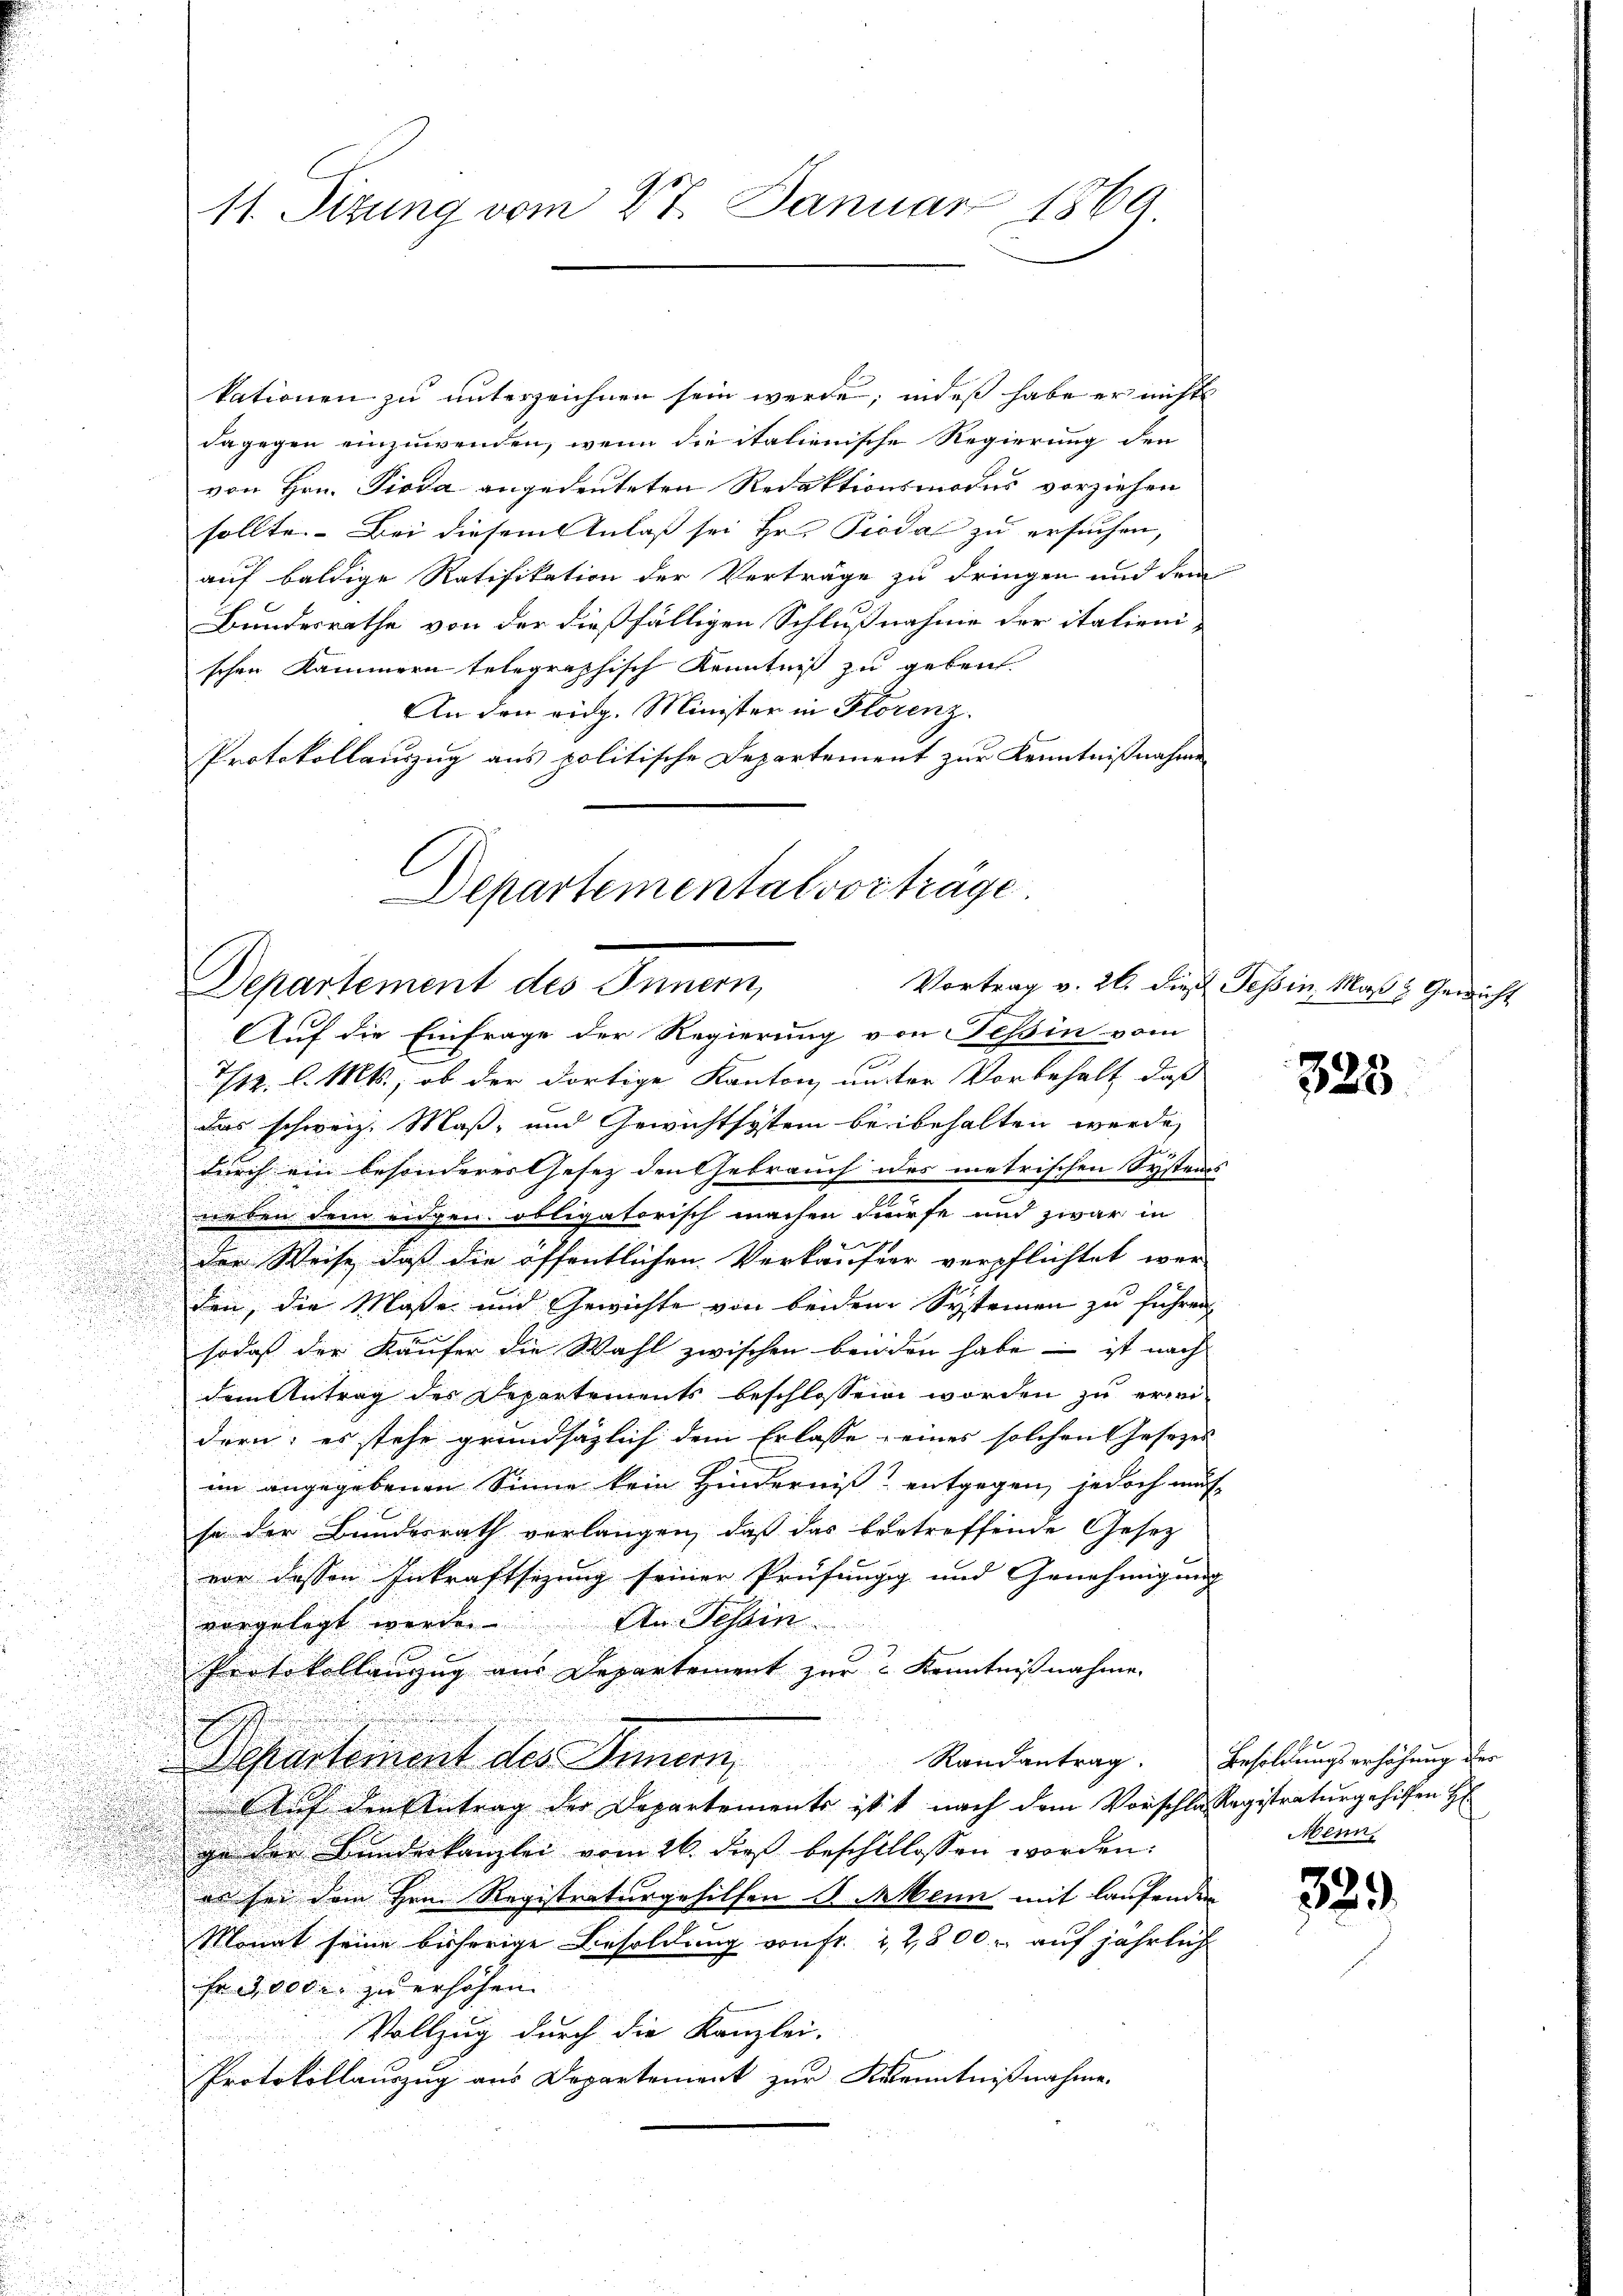
11. Sitzung vom 27. Januar 1869

kationen zu unterzeichnen sein werde; indeß habe er nichts
dagegen einzuwenden, wenn die italienische Regierung den
von Hrn. Pioda angedeuteten Redaktionsmodus vorziehen
sollte. Bei diesem Anlaß sei Hr. Piodal zu ersuchen,
auf baldige Ratifikation der Verträge zu dringen und dem
Bundesrathe von der dießfälligen Schlußnahme der italienischen Kammern telegraphisch Kenntniß zu geben
An den eidg. Minister in Florenz.
Protokollauszug aus politische Departement zur Kenntnißnahmen
Departemental vorträge.

Departement des Innern,
x

Auf die Einfrage der Regierung von Teßin vom
712. l. Mts., ob der dortige Kanton unter Vorbehalt, daß
das schweiz. Maß- und Gewichtsystem beibehalten werde,
durch ein besonderer Gesez den Gebrauch des metrischen Systems
neben dem eigen obligatorisch machen dürfe und zwar in
der Weise, daß die öffentlichen Verkäufer verpflichtet wer-

den, die Maße und Gewichte von beidem Systemen zu führen,
e

u
sodaß der Käufer die Wahl zwischen beiden habe – ist nach
.
.
dem Antrag des Departements beschlossen worden zu erini-
dern; es stehe grundsätzlich dem Erlasse eines solchen Gesezes
im angegebenen Sinne kein Hinderniß entgegen, jedoch mus
se der Bundesrath verlangen, daß das vertreffende Gesetz
vor dessen Inkraftsizung seiner Prüfungig und Genehmigung
An Tessin
vorgelegt werde.
Protokollanzug aus Departement zur Kenntnißnahme.

Departemont des Innern,
Auf den Antrag der Departements ist nach dem Vorschlassegistraturgehilen H
ge der Bunderkanzlei vom 26. dieß beschillossen worden:
es sei dem Hrn. Registraturgehilfen u. Mein mit laufenden
Monat seine bisherige Besoldung von fr. 22,800 auf jährlich
sr 1000. zu erhöhen.
Vollzug durch die Kanzlei-
Protokollauszug aus Departement zur Kenntnißnahme.

Vortrag v. 26. dies Tessin, Maß & Gericht

328

Randantrag. Besoldungserhöhung der
Menn,

329.